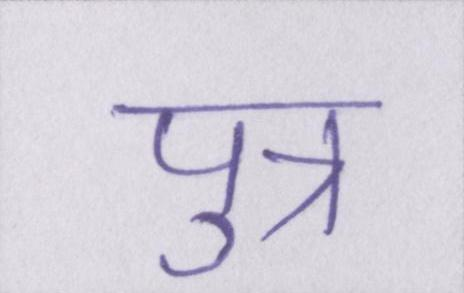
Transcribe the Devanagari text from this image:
पुत्र